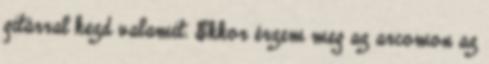
gitárral kezd valamit. Ekkor érzem meg az arcomon az